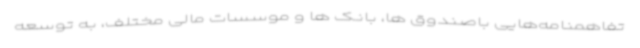
تفاهمنامه‌هایی باصندوق ها، بانک ها و موسسات مالی مختلف، به توسعه